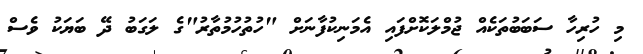
މި ހުރިހާ ސަބަބުތަކެއް ޖުމްލަކޮށްފައި އެމަނިކުފާނަށް "ހުތުހުމުތާރު"ގެ ލަގަބު ދޭ ބަޔަކު ވެސް